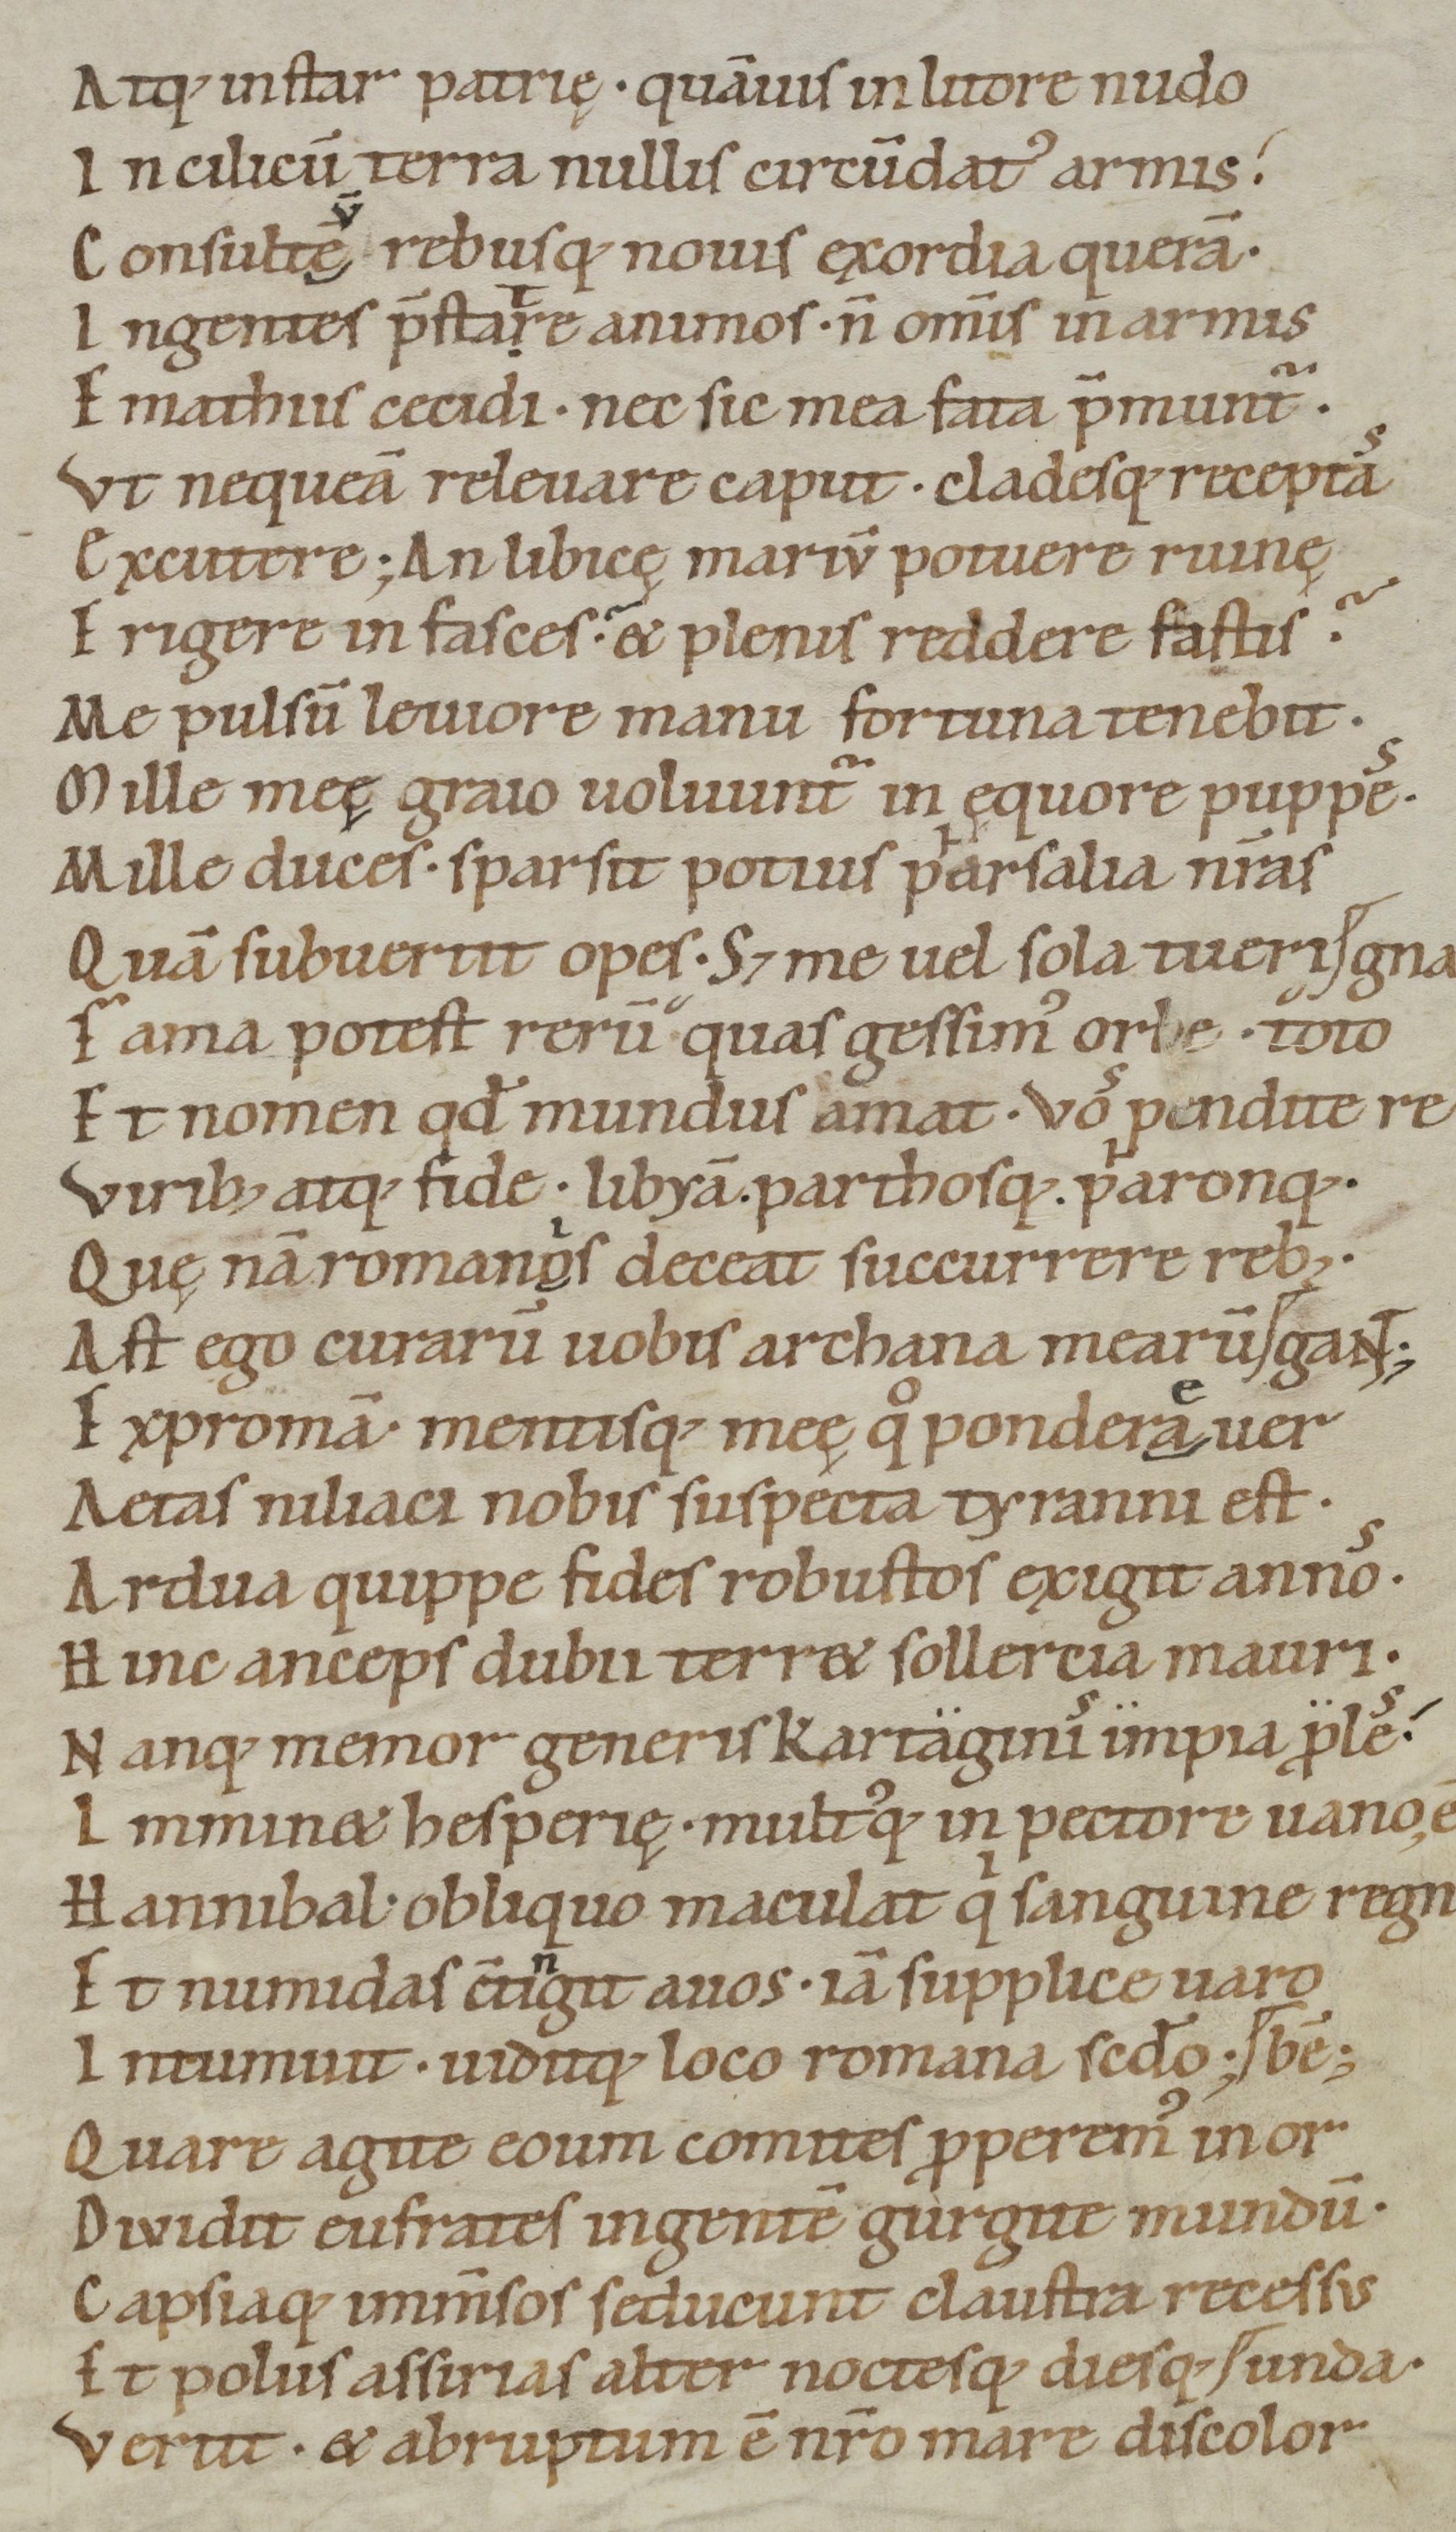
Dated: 1050–1074